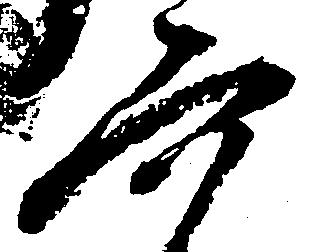
六